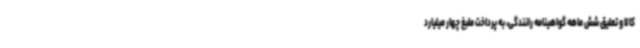
کالا و تعلیق شش ماهه گواهینامه رانندگی، به پرداخت ملبغ چهار میلیارد